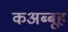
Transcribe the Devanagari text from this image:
कअब्बूह